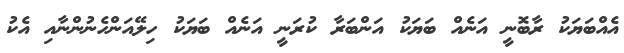
އެއްބަޔަކު ރާބޮނީ އަނެއް ބަޔަކު އަންބަރާ ކުރަނީ އަނެއް ބަޔަކު ހިލޭއަންހެނުންނާއި އެކު